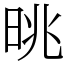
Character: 晀